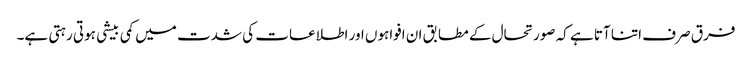
فرق صرف اتنا آتا ہے کہ صورتحال کے مطابق ان افواہوں اور اطلاعات کی شدت میں کمی بیشی ہوتی رہتی ہے۔